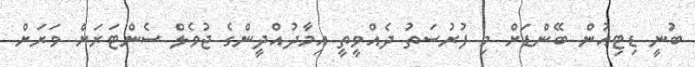
ބުނީ ޑިޓިއުން ބޭންޑަށް މި ފުރުސަތު ދެއްވީތީ އިމާދުއްދީންގެ ޖުވެލް ސެންޓަރަށް ވަރަށް